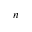
n